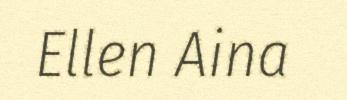
Ellen Aina